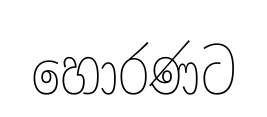
හොරණට